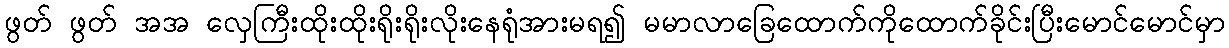
ဖွတ် ဖွတ် အအ လှေကြီးထိုးထိုးရိုးရိုးလိုးနေရုံအားမရ၍ မမာလာခြေထောက်ကိုထောက်ခိုင်းပြီးမောင်မောင်မှာ